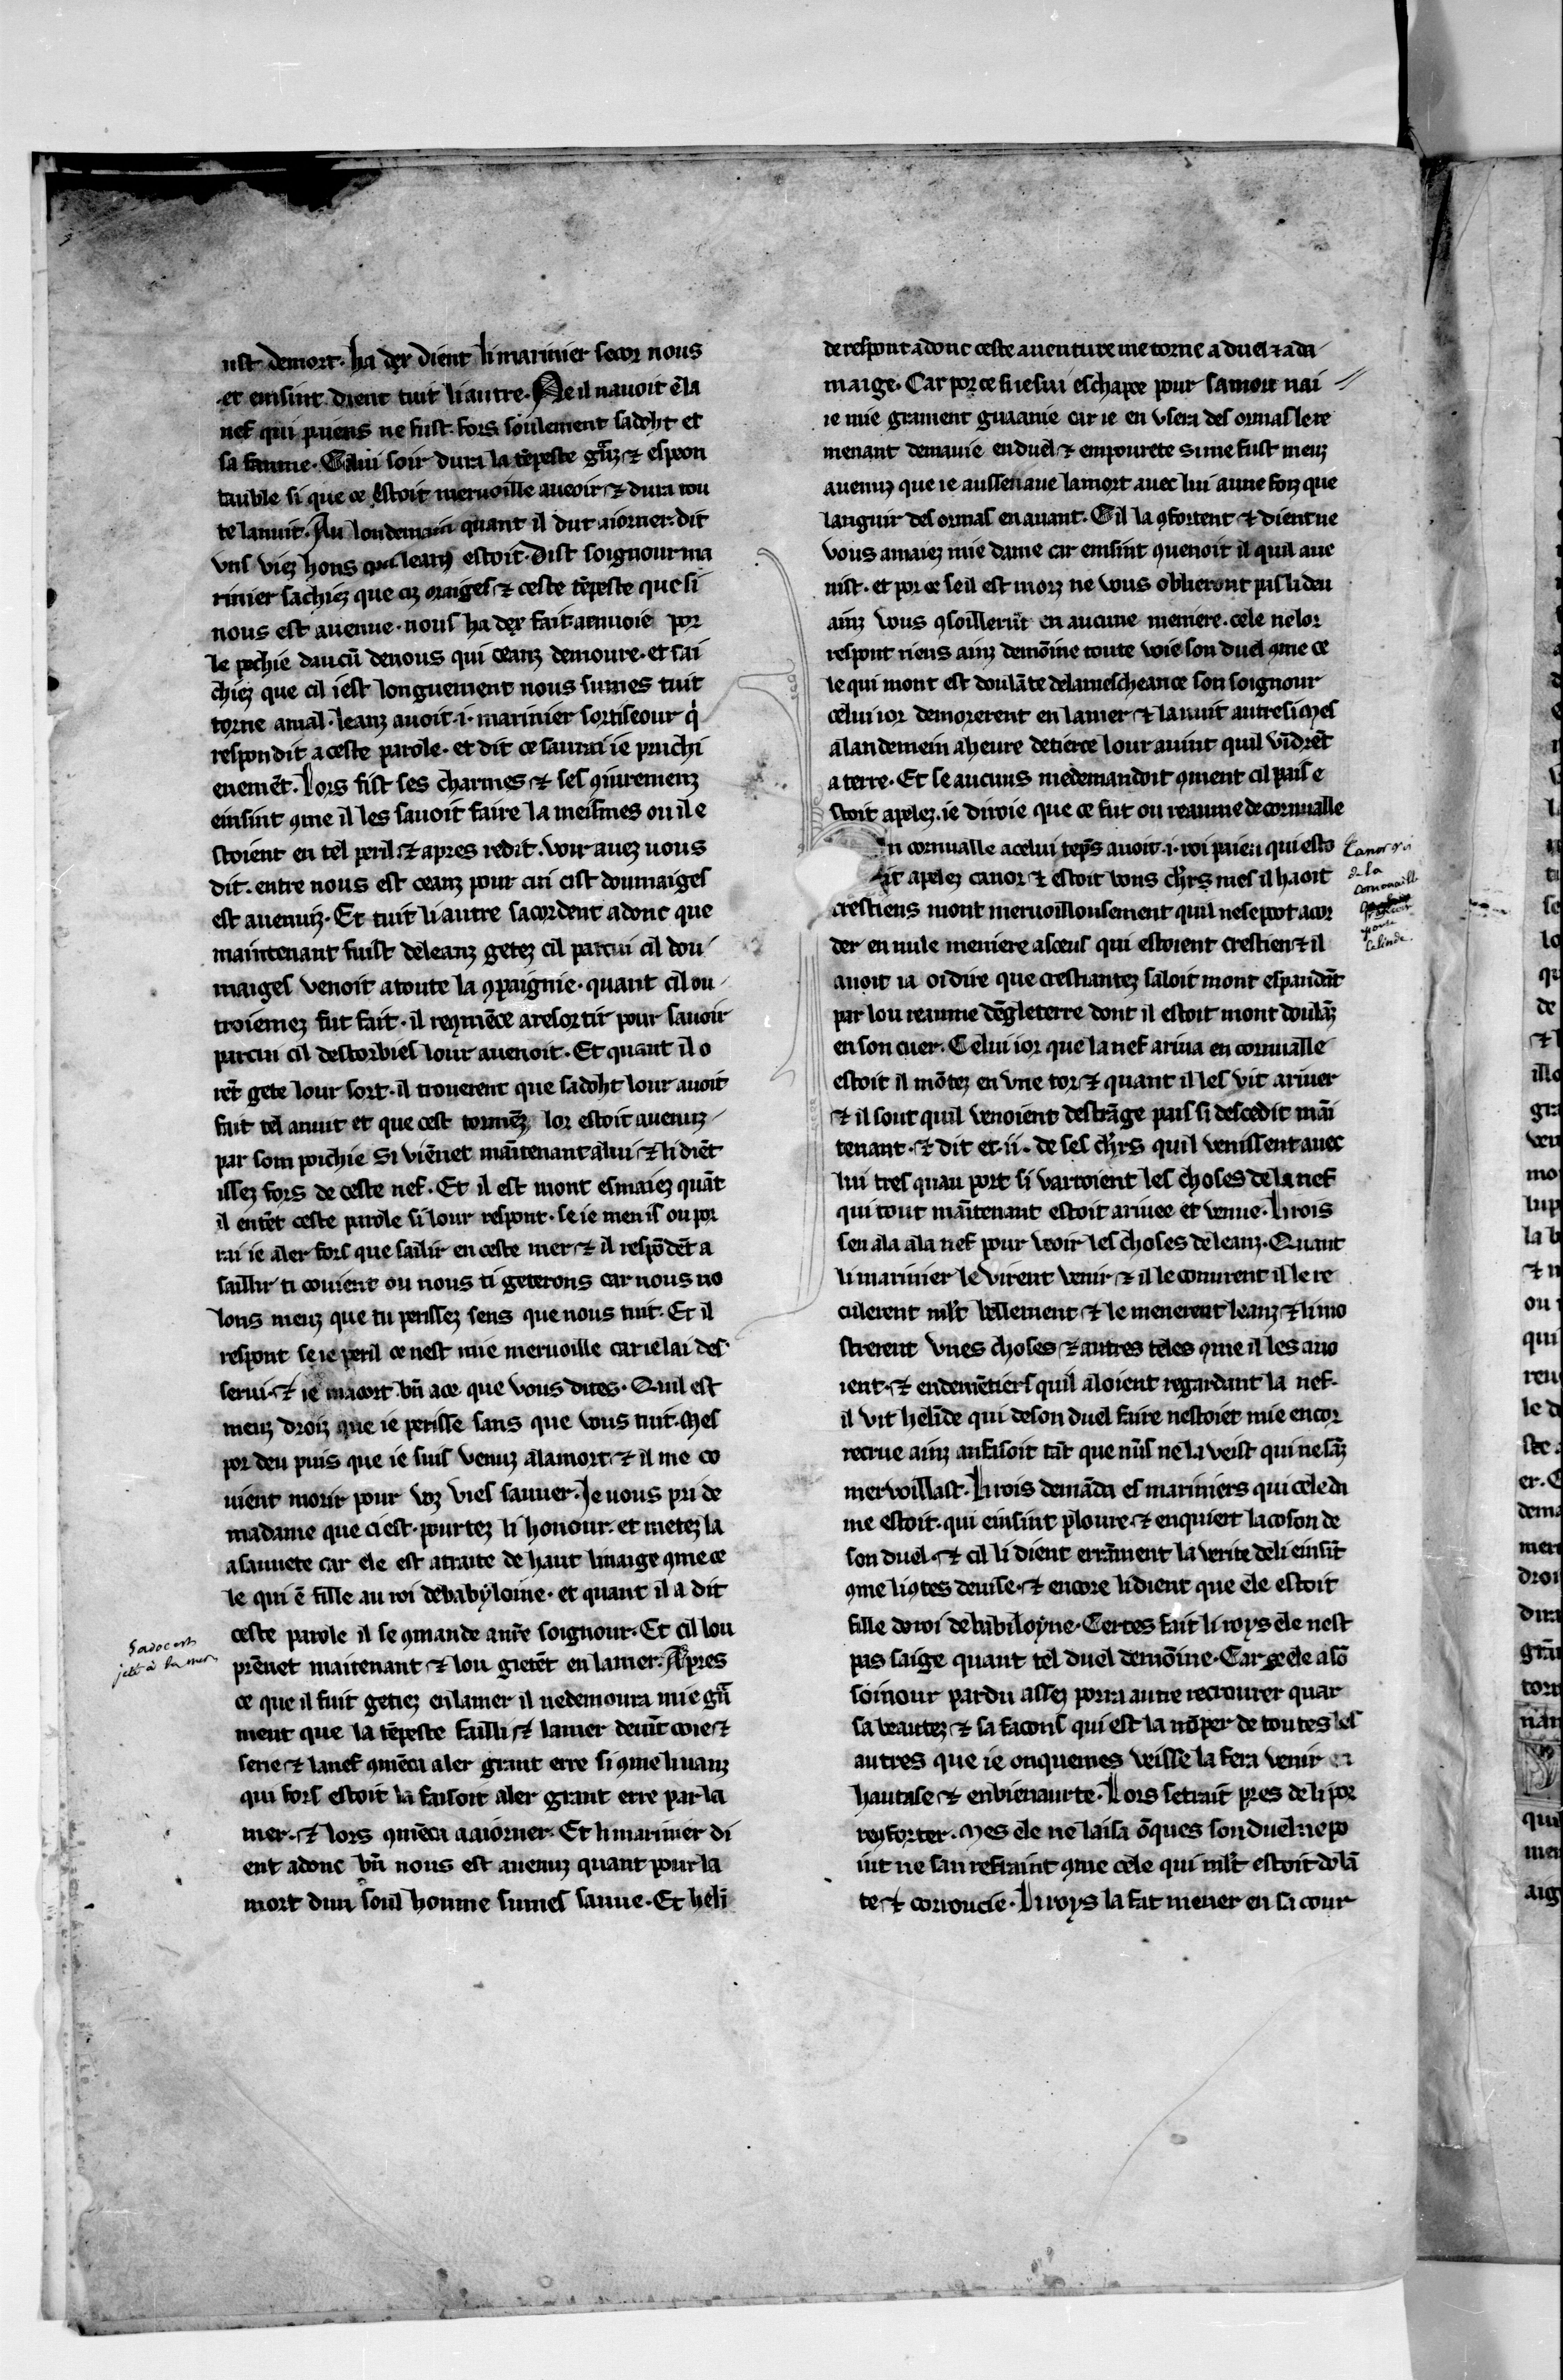
Shelfmark: Paris, BnF, fr. 104
Century: 13